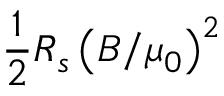
\frac { 1 } { 2 } R _ { s } \left( B / \mu _ { 0 } \right) ^ { 2 }